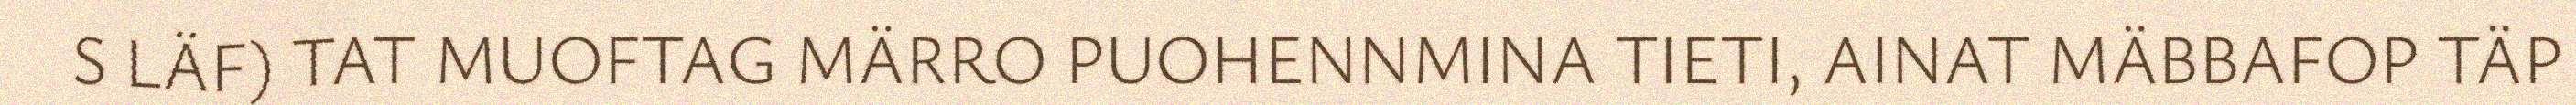
S LÄF) TAT MUOFTAG MÄRRO PUOHENNMINA TIETI, AINAT MÄBBAFOP TÄP